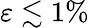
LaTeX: \varepsilon\lesssim 1\%